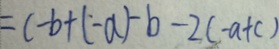
= c - b + ( - a ) - b - 2 ( - a + c )